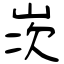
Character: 𡷑